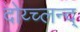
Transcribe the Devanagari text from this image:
दोय्च्लन्द्